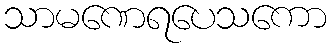
သာမဏေရပေသကော